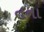
તના